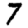
Digit: 7